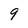
Character: 9